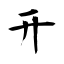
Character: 开